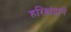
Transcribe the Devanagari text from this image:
हरिश्चंद्राने